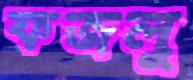
ফজলু